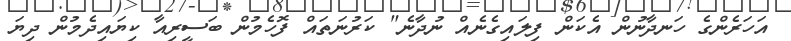
އަހަރެންގެ ހަނދާނުން އެކަން ފިލައިގެނެއް ނުދާނެ" ކަރުނަތައް ފޮހެމުން ބަސީރިއާ ކިޔައިދެމުން ދިޔަ